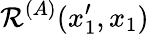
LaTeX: \mathcal{R}^{(A)}(x_{1}^{\prime},x_{1})